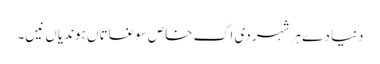
دنیا دے ہر شہر دی اک خاص سوغاتاں ہوندیاں نیں۔